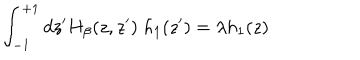
\int _ { - 1 } ^ { + 1 } d z ^ { \prime } H _ { \beta } ( z , z ^ { \prime } ) \; h _ { 1 } ( z ^ { \prime } ) = \lambda h _ { 1 } ( z )